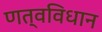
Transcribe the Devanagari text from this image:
णत्वविधान